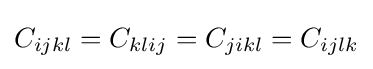
C_{ijkl}=C_{klij}=C_{jikl}=C_{ijlk}